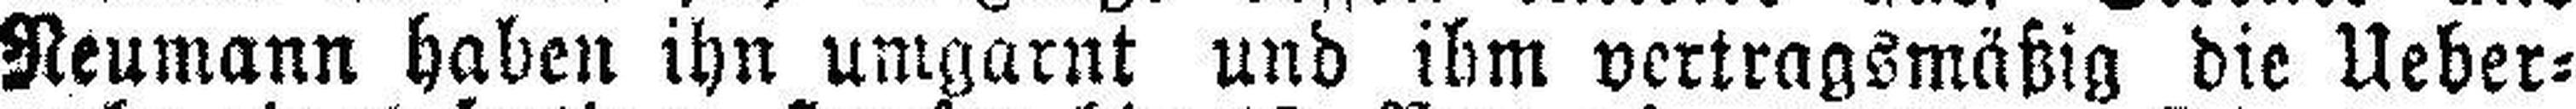
Neumann haben ihn umgarnt und ihm vertragsmäßig die Ueber¬